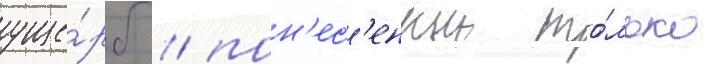
уще́рб / пон'ес'енныи то́лько